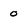
Character: 0